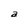
Character: a